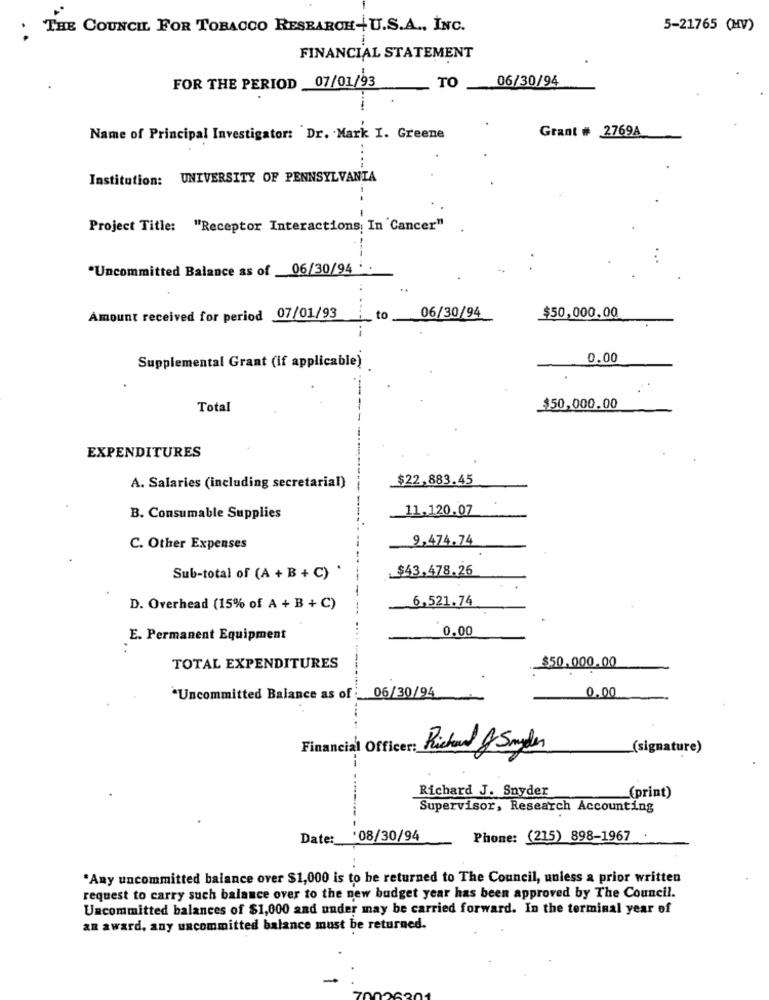
. THE COUNCIL FOR TOBACCO RESEARCH+ U.S.A ., INC.
5-21765 (HV)
FINANCIAL STATEMENT
06/30/94
FOR THE PERIOD 07/01/93
TO
Grant # 2769A
Name of Principal Investigator: Dr. Mark I. Greene
Institution: UNIVERSITY OF PENNSYLVANIA
Project Title: "Receptor Interactions In 'Cancer"
"Uncommitted Balance as of 06/30/94
Amount received for period 07/01/93
to
06/30/94
$50,000.00
Supplemental Grant (if applicable)
0.00
Total
$50,000.00
EXPENDITURES
_$22,883.45
A. Salaries (including secretaria!)
11,120.07
B. Consumable Supplies
9,474.74
C. Other Expenses
$43.478.26
Sub-total of (A + B + C) .
6,521.74
D. Overhead (15% of A + B + C)
0.00
E. Permanent Equipment
:
TOTAL EXPENDITURES
$50.000.00
*Uncommitted Balance as of : 06/30/94
0.00
Financial Officer :_
(signature)
Richard J Samler
Richard J. Snyder
(print)
Supervisor, Research Accounting
Date: '08/30/94
Phone: (215) 898-1967
"Any uncommitted balance over $1,000 is to be returned to The Council, unless a prior written
request to carry such balance over to the new budget year has been approved by The Council.
Uncommitted balances of $1,000 and under may be carried forward. In the terminal year of
an award, any uncommitted balance must be returned.